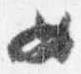
女